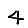
Digit: 4